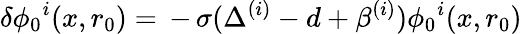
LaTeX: \delta\phi_{0}{}^{i}(x,r_{0})=\, -\, \sigma(\Delta^{(i)}-d+\beta^{(i)})\phi_{0}{}^{i}(x,r_{0})